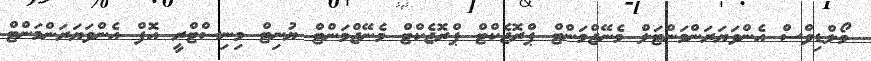
މޯލްޑިވްސް އެންވަޔަރަންމަންޓަލް މެނޭޖްމަންޓް ޕްރޮޖެކްޓް ޕްރޮޖެކްޓް މެނޭޖްމަންޓް ޔުނިޓް މިނިސްޓްރީ އޮފް އެންވަޔަރަންމަންޓް